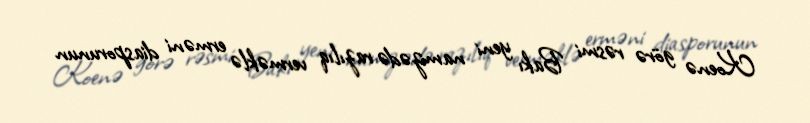
Koenə görə rəsmi Bakı yeni namizədə razılıq verməklə erməni diasporunun